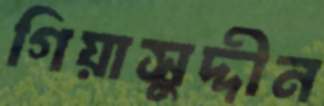
গিয়াসুদ্দীন